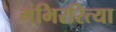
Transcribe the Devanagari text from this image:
गंभिररित्या